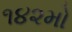
૧૪૨મો